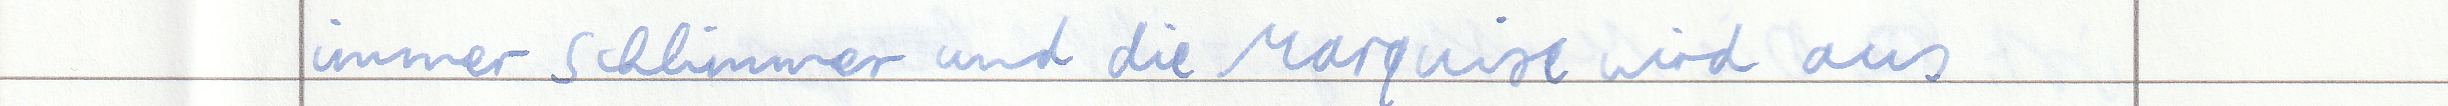
immer schlimmer und die Marquise wird aus